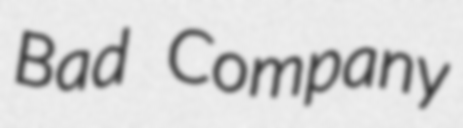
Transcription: Bad Company